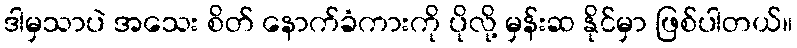
ဒါမှသာပဲ အသေး စိတ် နောက်ခံကားကို ပိုလို့ မှန်းဆ နိုင်မှာ ဖြစ်ပါတယ်။